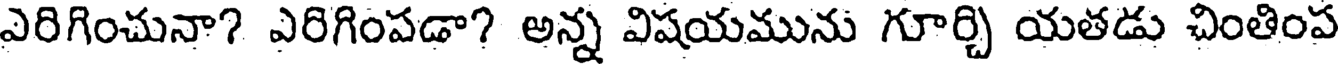
ఎరిగించునా? ఎరిగింపడా? అన్న విషయమును గూర్చి యతడు చింతింప